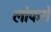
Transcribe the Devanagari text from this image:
लोफरों